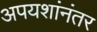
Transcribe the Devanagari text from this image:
अपयशांनंतर